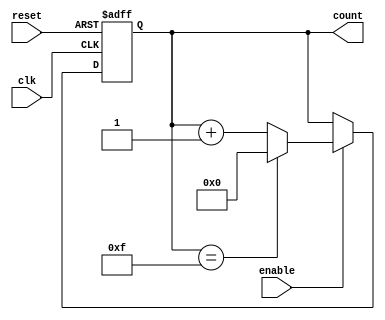
module MemoryBlocksUpCounter (
    input wire clk,          // Clock signal
    input wire reset,        // Asynchronous reset signal
    input wire enable,       // Enable signal for counting
    output reg [3:0] count   // 4-bit output count
);

// Asynchronous reset and counting logic
always @(posedge clk or posedge reset) begin
    if (reset) begin
        count <= 4'b0000;  // Reset the count to zero
    end else if (enable) begin
        if (count == 4'b1111) begin
            count <= 4'b0000;  // Wrap around on overflow
        end else begin
            count <= count + 1; // Increment the count
        end
    end
end

endmodule